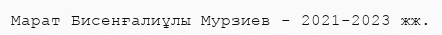
Марат Бисенғалиұлы Мурзиев - 2021-2023 жж.